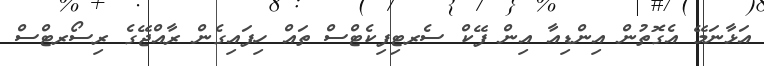
އަޅާނަމޭ އެގޮތުން އިންޑިއާ އިން ފޭކް ސެރޓިފިކެޓްސް ތައް ހިފައިގެން ރާއްޖޭގެ ރިސޯރޓްސް